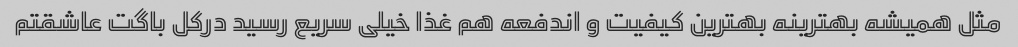
مثل همیشه بهترینه بهترین کیفیت و اندفعه هم غذا خیلی سریع رسید درکل باگت عاشقتم